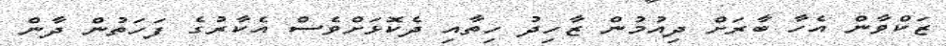
ޒަކްވާން އެހާ ބާރަށް ދިއުމުން ޒާހިދު ހިތާއި ދެކޮޅަށްވެސް އެކާރުގެ ފަހަތުން ދާން